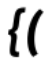
{(